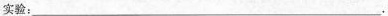
实验：___